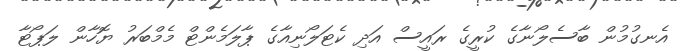
އެނގުމުން ބާސެލޯނާގެ ކުރީގެ ރައީސް އަދި ކެޓަލޯނިއާގެ ޕާލަމެންޓް މެމްބަރު ޔޮހާން ލަޕޯޓާ